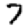
Digit: 7